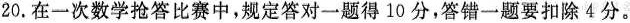
20.在一次数学抢答比赛中，规定答对一题得10分，答错一题要扣除4分。